Kallis,_Oskar, lk 3
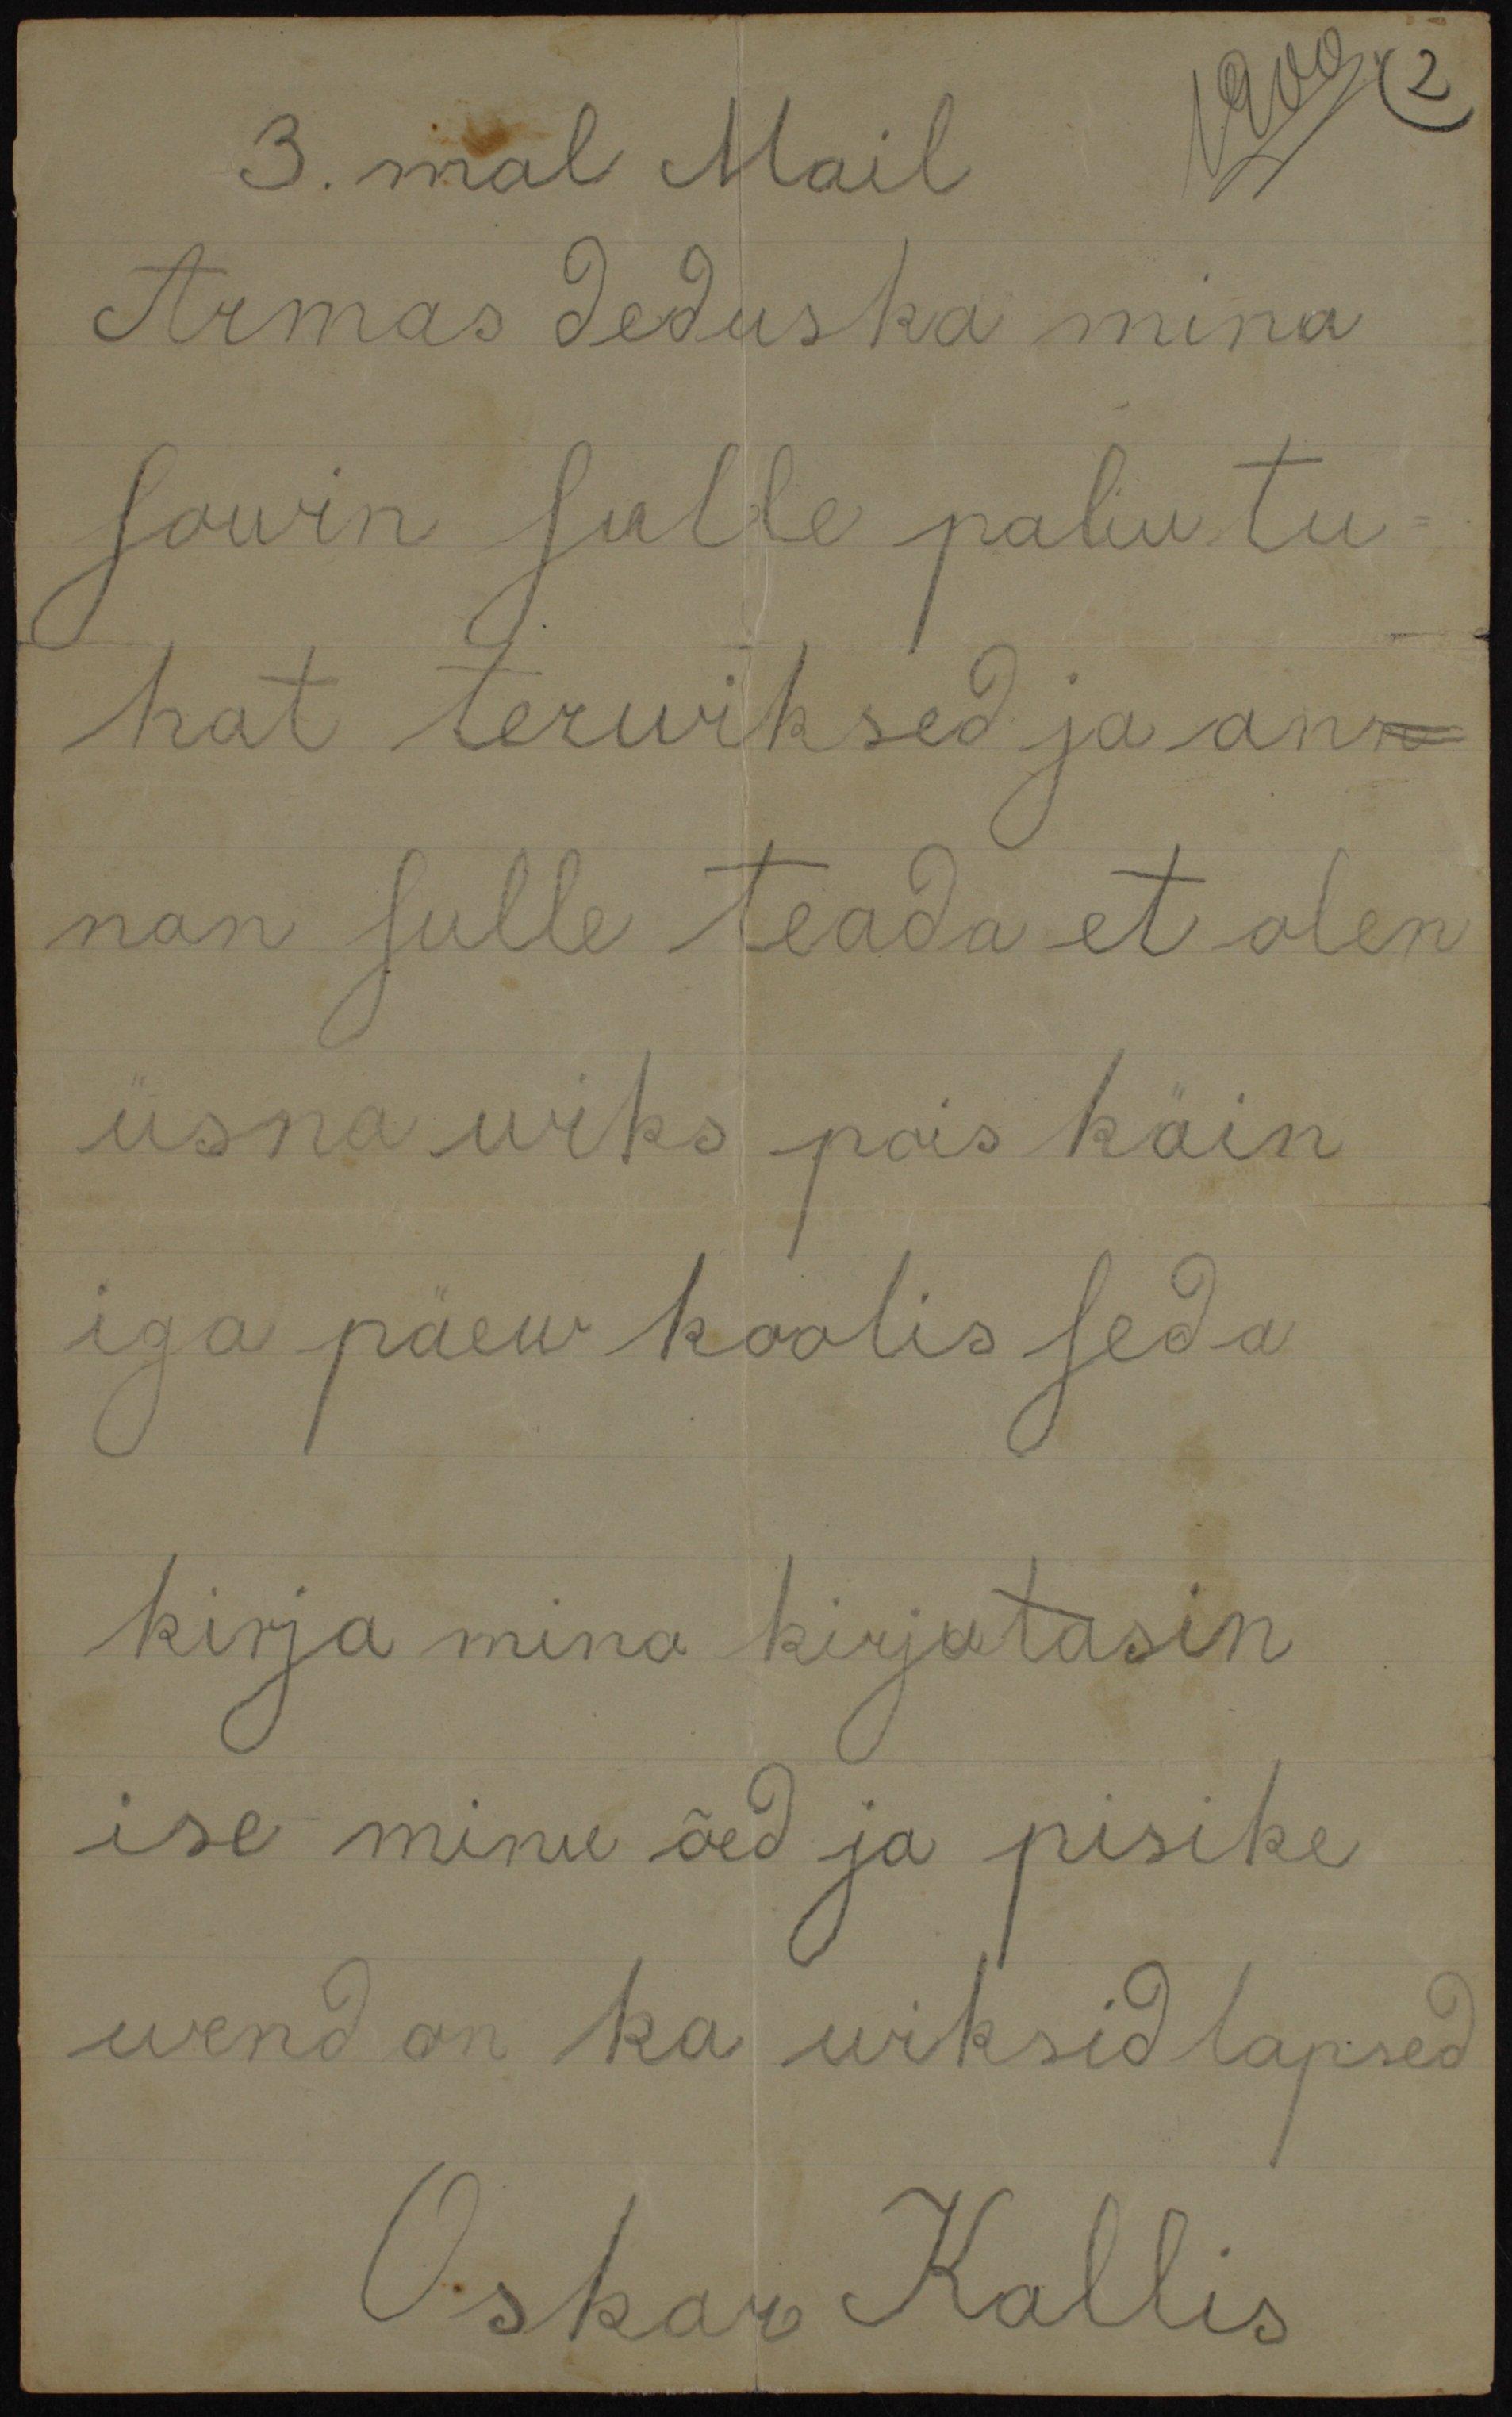
3.mal Mail
1900
Armas deduska mina
sowin sulle paliu tu-
hat terwiksed ja an-
nan sulle teada et olen
üsna wiks pois käin
iga päew koolis seda
kirja mina kirjutasin
ise minu õed ja pisike
wend on ka wiksid lapsed
Oskar Kallis